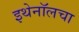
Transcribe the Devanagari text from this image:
इथेनॉलचा